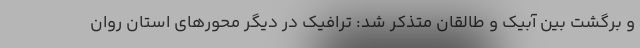
و برگشت بین آبیک و طالقان متذکر شد: ترافیک در دیگر محورهای استان روان